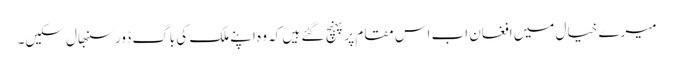
میرے خیال میں افغان اب اس مقام پر پہنچ گئے ہیں کہ وہ اپنے ملک کی باگ ڈور سنبھال سکیں۔